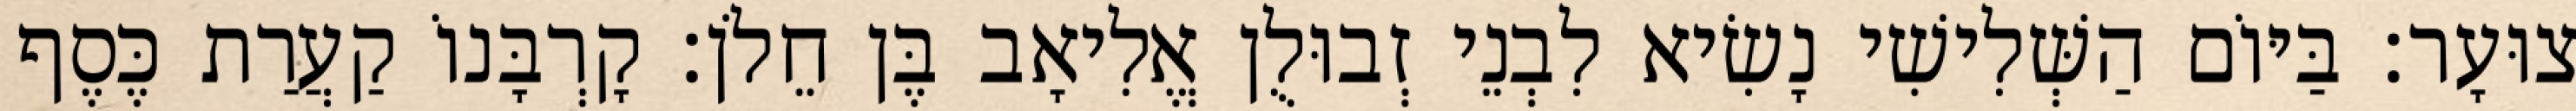
צוּעָר׃ בַּיּוֹם הַשְּׁלִישִׁי נָשִׂיא לִבְנֵי זְבוּלֻן אֱלִיאָב בֶּן חֵלֹן׃ קָרְבָּנוֹ קַעֲרַת כֶּסֶף